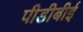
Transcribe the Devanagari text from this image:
पीडीबीई